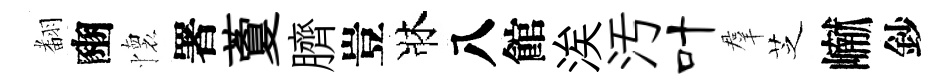
𮋒豳懷署藑臍豈牀八館涘汚叶羣芝𪩘鈔